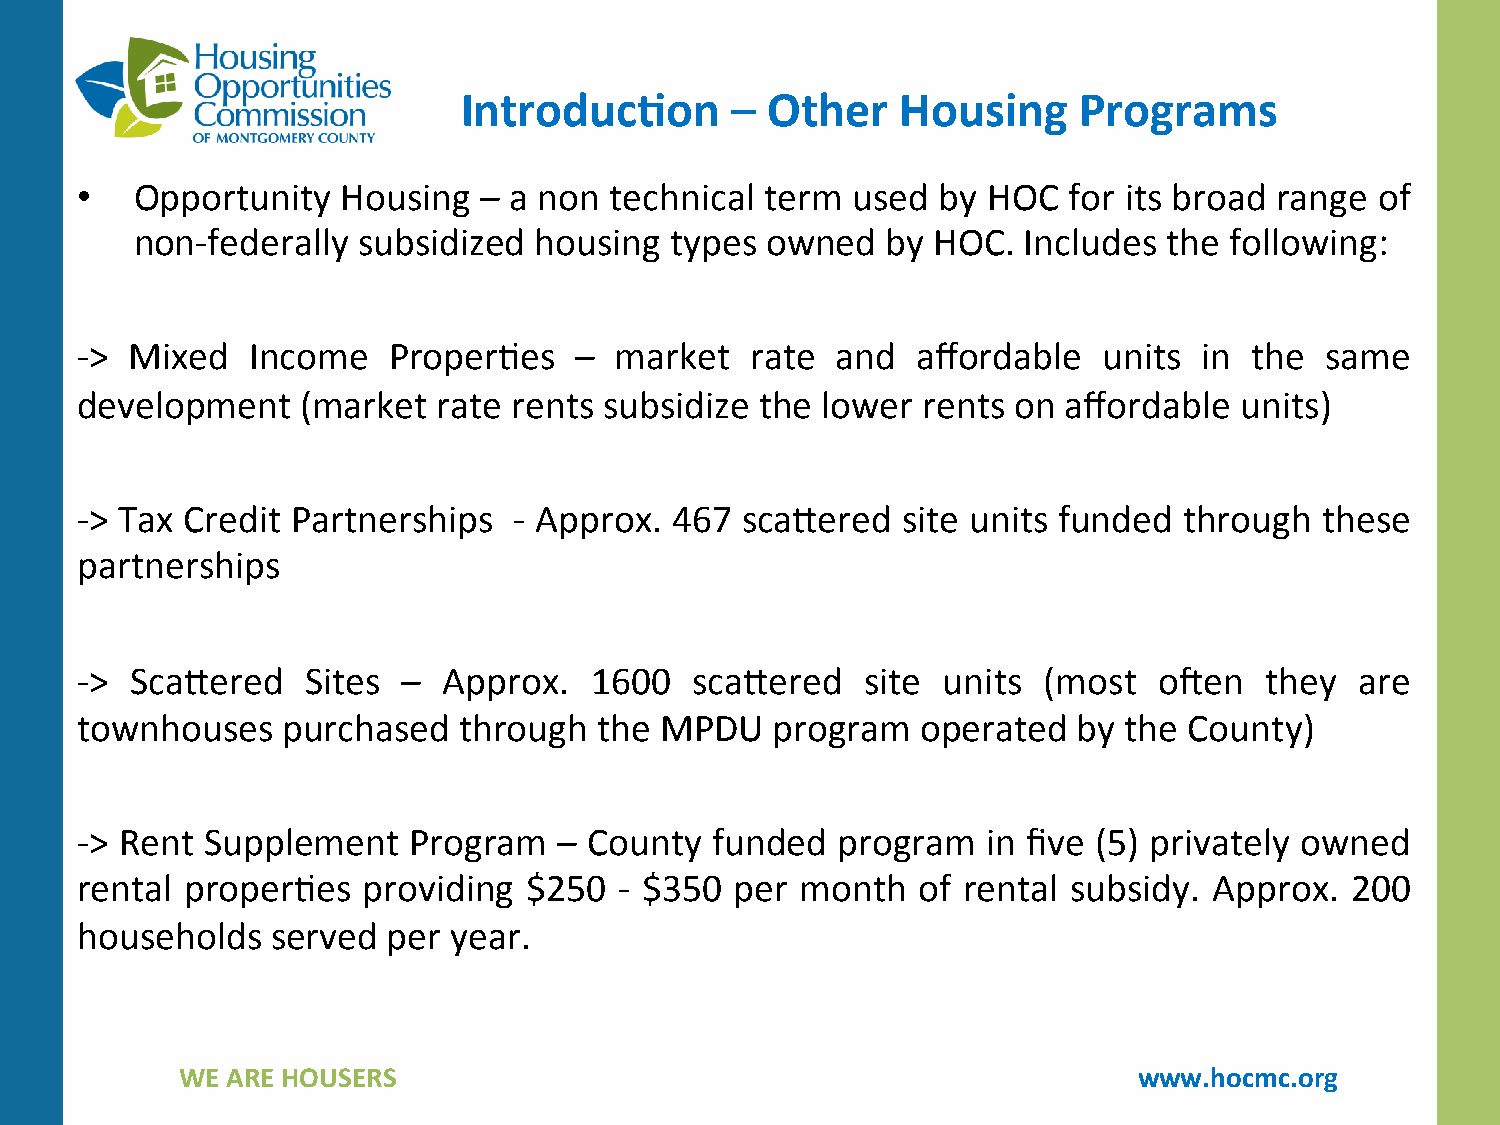
Introduc-on      –  Other    Housing    Programs
 •   Opportunity   Housing  – a non technical  term used  by HOC   for its broad range of
 non-federally  subsidized housing  types  owned   by HOC.  Includes the following:
 ->  Mixed   Income   Proper4es   –  market   rate and   affordable  units  in the  same
 development    (market  rate rents subsidize the lower  rents on  affordable units)
 -> Tax Credit Partnerships   - Approx.  467 scaaered   site units funded through   these
 partnerships
 ->  Scaaered   Sites  – Approx.   1600   scaaered   site units  (most   ocen   they  are
 townhouses    purchased  through   the MPDU   program   operated  by the  County)
 -> Rent  Supplement   Program   – County  funded  program   in five (5) privately owned
 rental proper4es   providing  $250  - $350  per month   of rental subsidy. Approx.  200
 households   served  per year.
 WE ARE HOUSERS                                                 www.hocmc.org